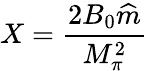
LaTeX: X=\frac{2B_{0}\widehat{m}}{M_{\pi}^{2}}